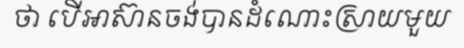
ថា បើអាស៊ានចង់បានដំណោះស្រាយមួយ